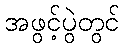
အဖွင့်ပွဲတွင်